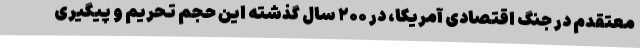
معتقدم در جنگ اقتصادی آمریکا، در ۲۰۰ سال گذشته این حجم تحریم و پیگیری